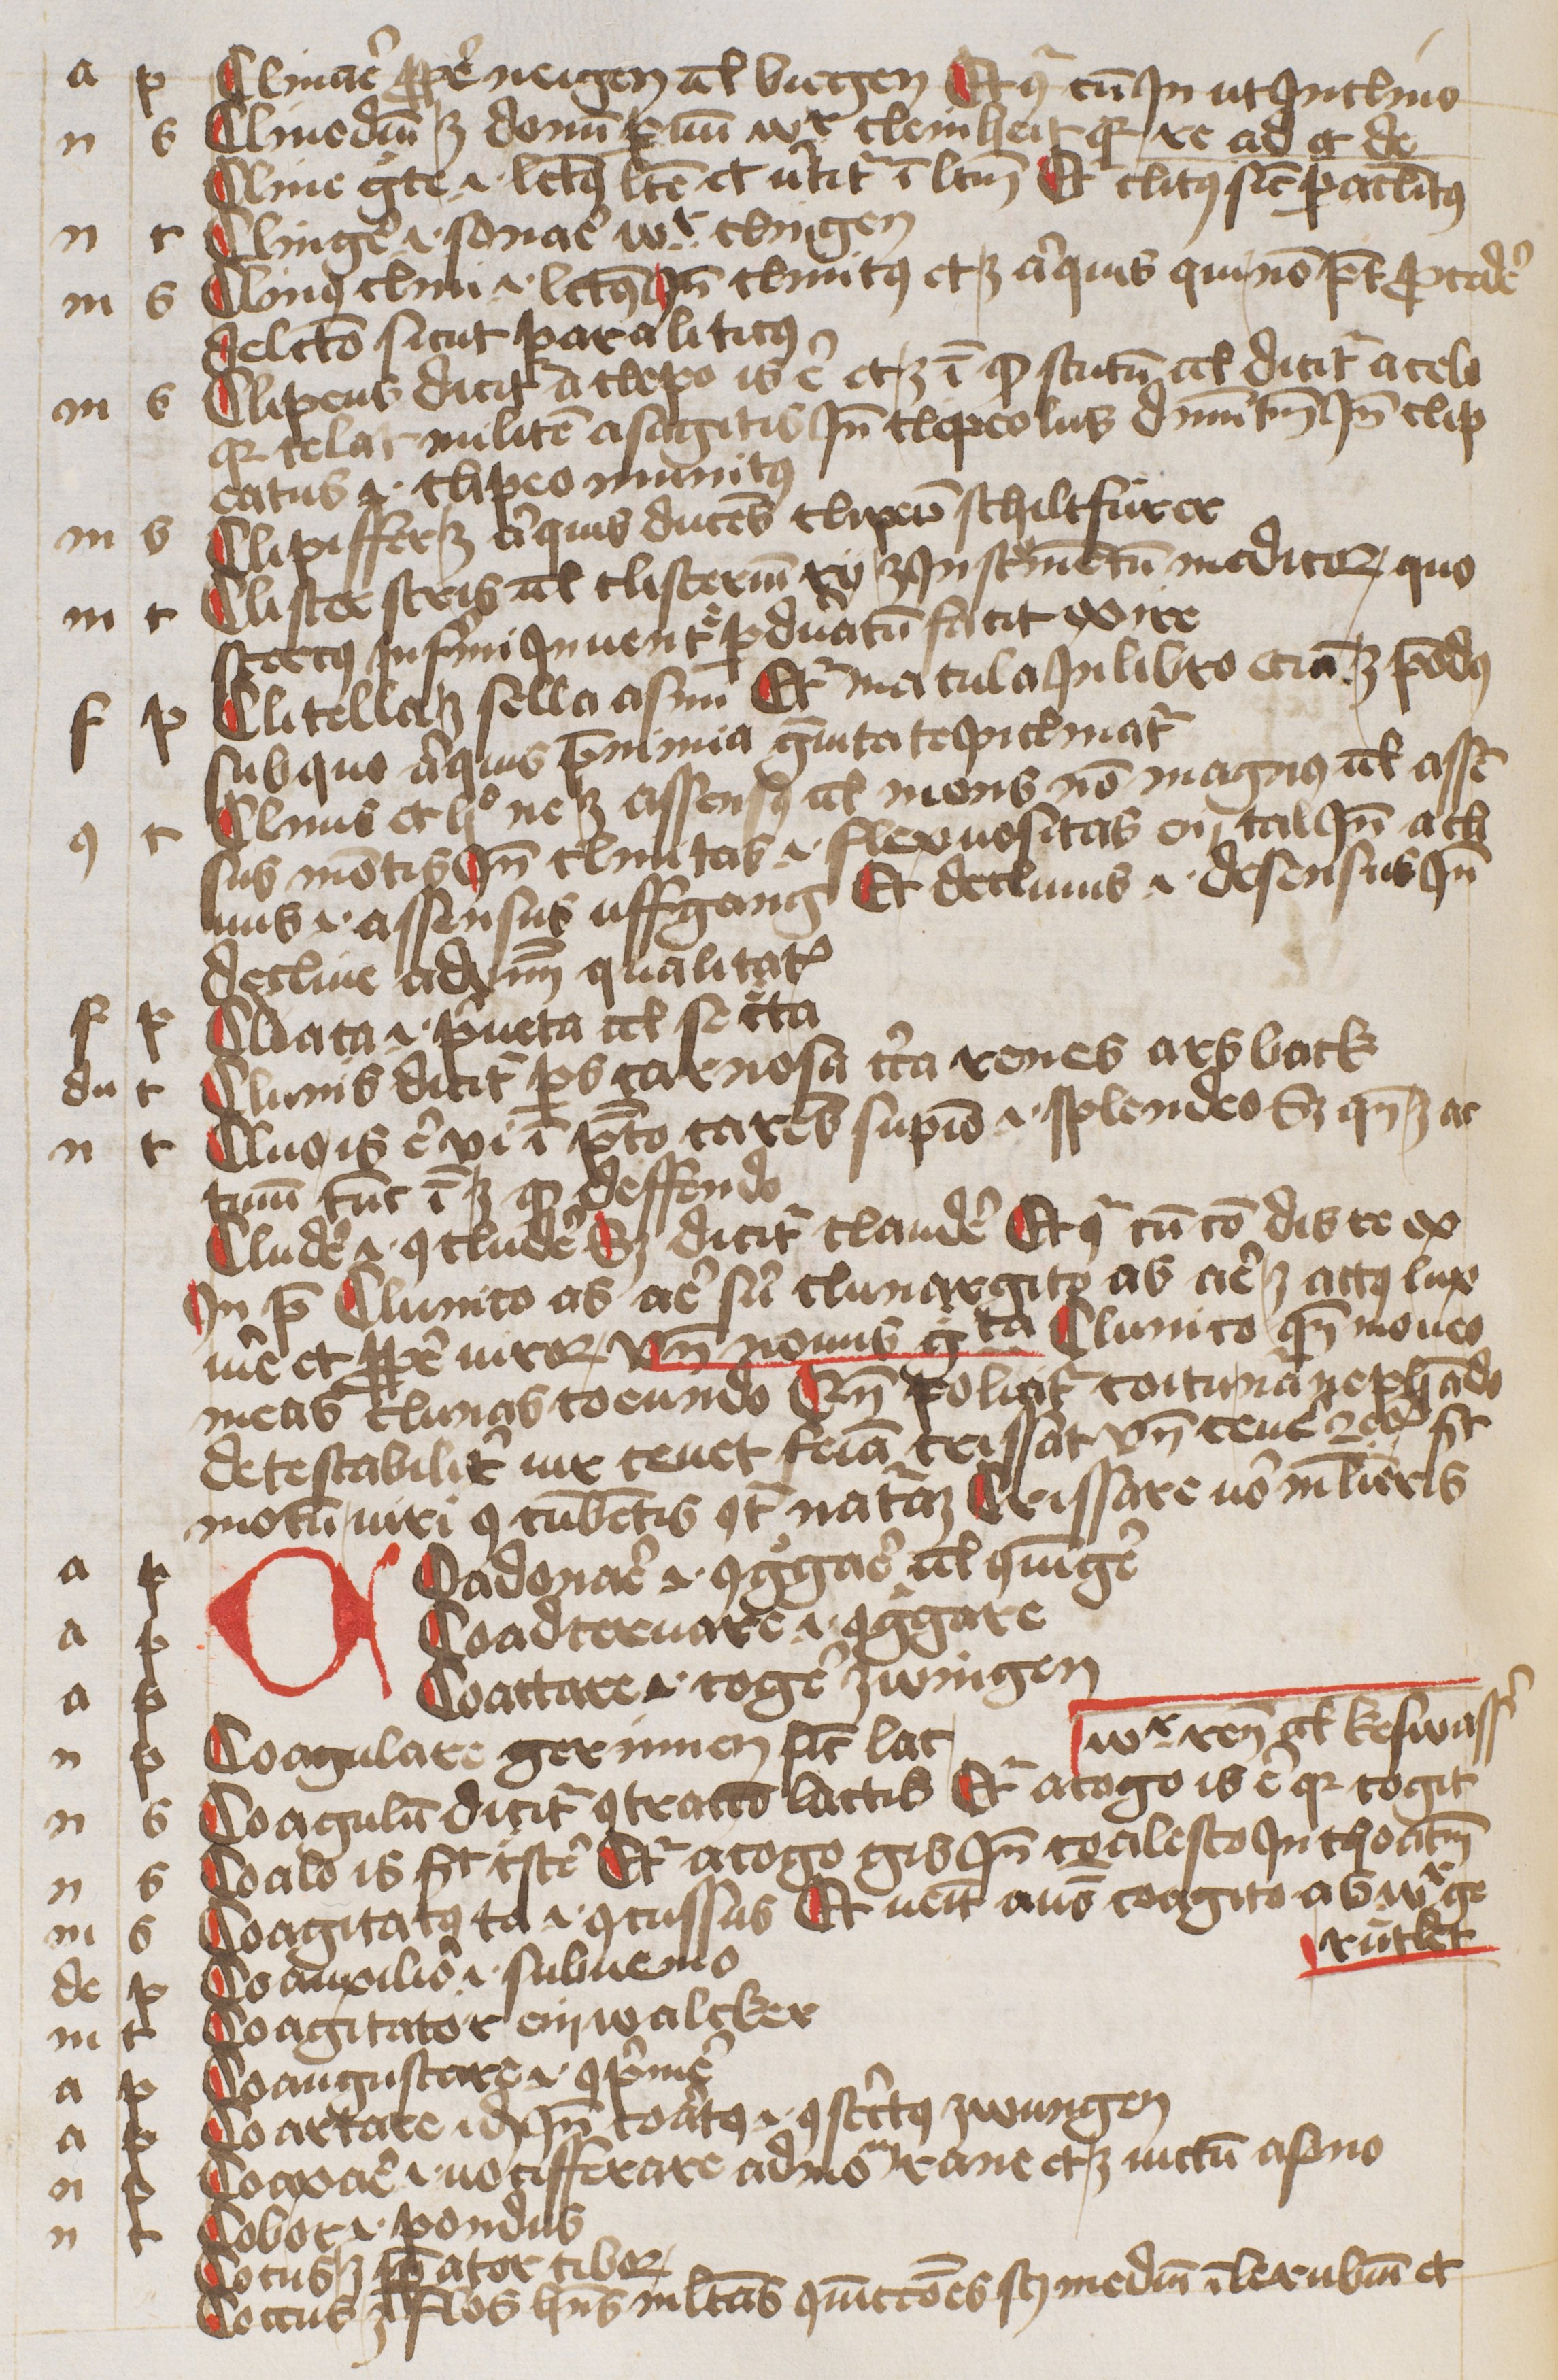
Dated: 1445–1455